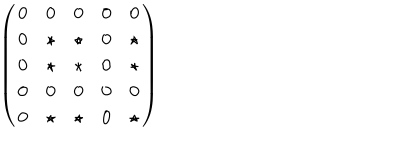
\left( \begin{matrix} { { 0 } } & { { 0 } } & { { 0 } } & { { 0 } } & { { 0 } } \\ { { 0 } } & { { \star } } & { { \star } } & { { 0 } } & { { \star } } \\ { { 0 } } & { { \star } } & { { \star } } & { { 0 } } & { { \star } } \\ { { 0 } } & { { 0 } } & { { 0 } } & { { 0 } } & { { 0 } } \\ { { 0 } } & { { \star } } & { { \star } } & { { 0 } } & { { \star } } \\ \end{matrix} \right)